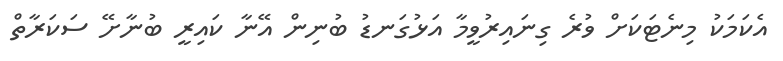
އެކަމަކު މިނެޓަކަށް ވުރެ ގިނައިރުވީމާ އަޅުގަނޑު ބުނިން އޭނާ ކައިރީ ބުނާށޭ ސަކަރާތް